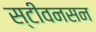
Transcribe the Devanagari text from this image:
स्टीवनसन